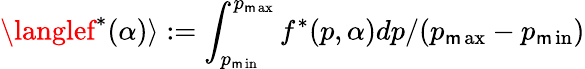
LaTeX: \langlef^{*}(\alpha)\rangle:=\int_{p_{\operatorname*{\mathsf{m}in}}}^{p_{\operatorname*{\mathsf{m}ax}}}f^{*}(p,\alpha)dp/(p_{\operatorname*{\mathsf{m}ax}}-p_{\operatorname*{\mathsf{m}in}})